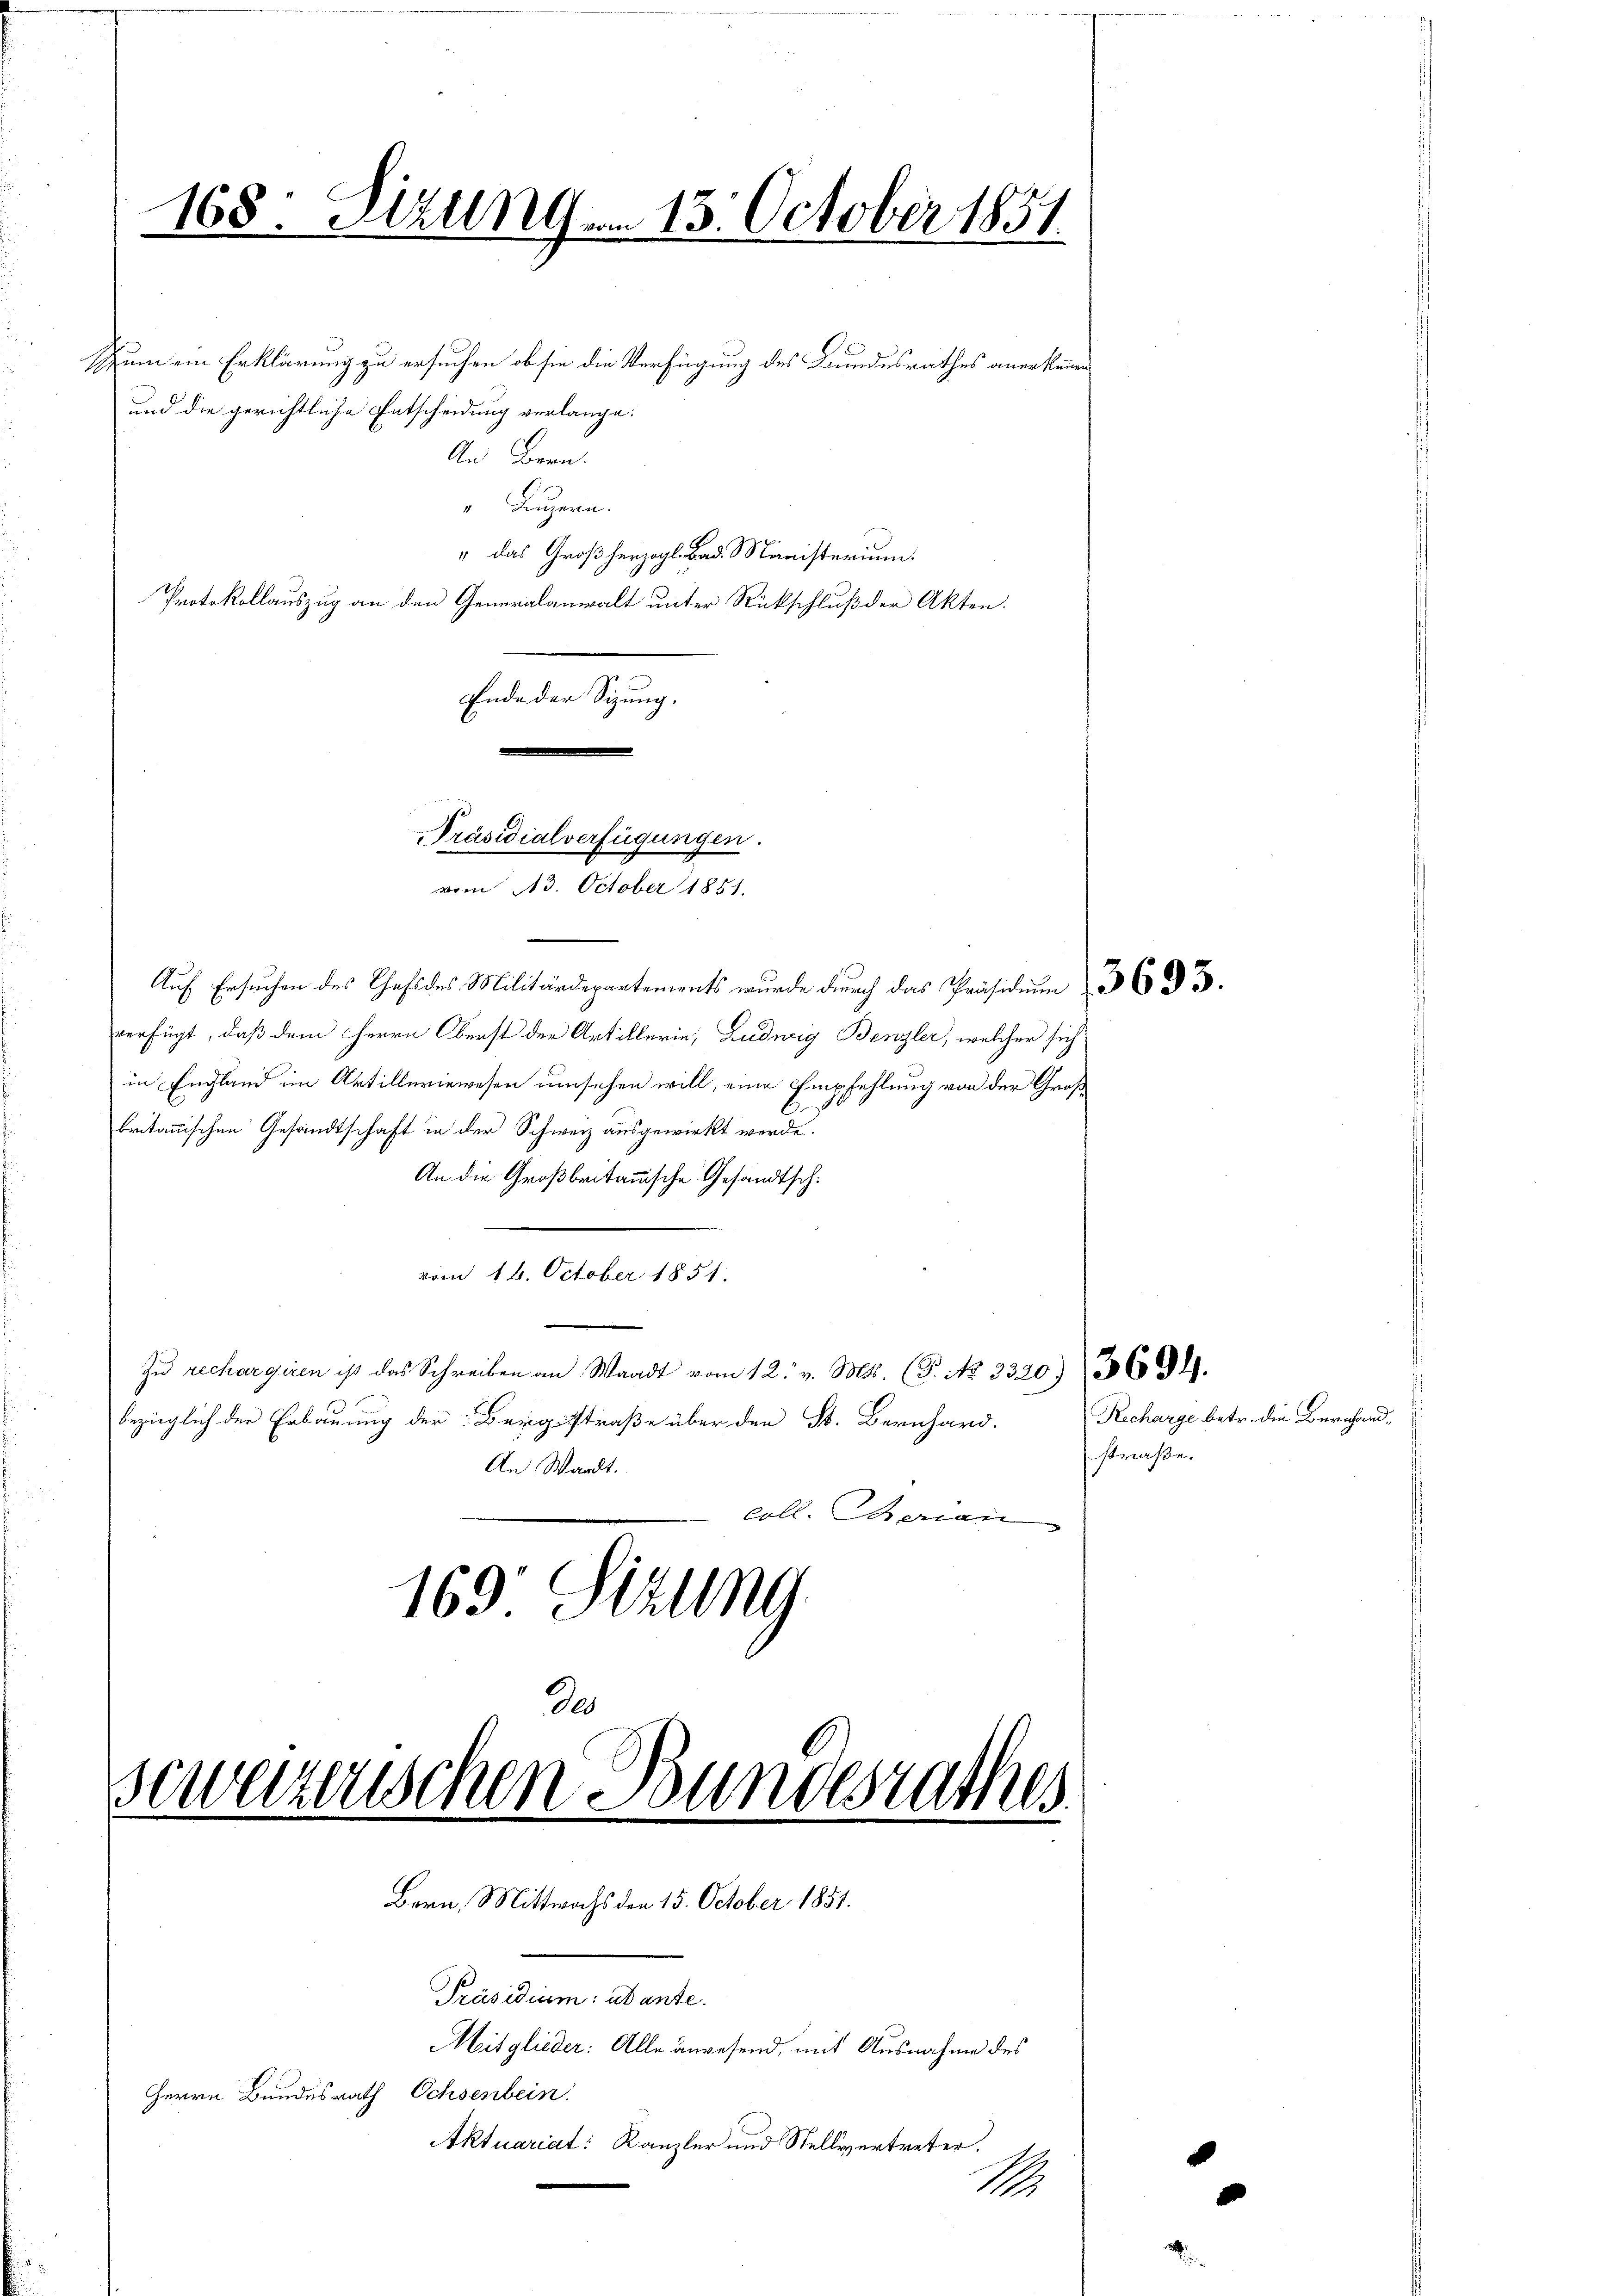
Zum ein Erklärung zu ersuchen, ob sie die Verfügung des Bundesrathes anerkennen
und die gerichtliche Entscheidung verlange.
An Bern.
" Luzern.
" das Großherzogl. Bad. Ministerium.
Protokollauszug an den Generalanwalt unter Rückschluß der Akten.
Ende der Sizung.
Präsidialverfügungen.
Auf Ersuchen des Chef des Militärdepartements wurde durch das Präsidium
verfügt, daß dem Herrn Oberst der Artillerin, Ludwig Benzler, welcher sich
in England im Artilleriewesen umsehen will, eine Empfehlung von der Großbritannischen Gesandtschaft in der Schweiz ausgewirkt werde.
An die Großbritannische Gesandtsch.
vom 16. October 1851.
Zu rechargiren ist das Schreiben an Waadt vom 12. v. Mts. (T. No 2320) 3694.
bezüglich der Erbauung der Bergstraße über den St. Bernhard.
An Waadt.
coll. Marien
165 Sizung
de

168: Sizung am 13. October 1851.

vom 113. October 1851.

seweizerischen Bundesrathes

Bern, Mittwochs den 15. October 1851.

Präsidium abante.
Mitglieder: Alle anwesend, mit Ausnahme des
Herrn Bundesrath Ochsenbein.
Aktuariat: Kanzler und Stellvertreter.

Recharge betr. die Bernhandstraße.

M.